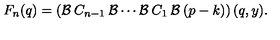
F _ { n } ( q ) = \left( { \cal { B } } \: C _ { n - 1 } \: { \cal { B } } \cdots { \cal { B } } \: C _ { 1 } \: { \cal { B } } \: ( p - k ) \right) ( q , y ) .